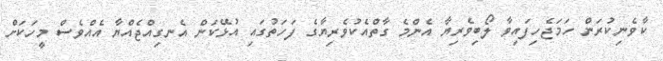
ކާވެނިކުރަން ހަމަޖެހިފައިވާ ލޯބިވެރިޔާ އެންމެ ގާތްއެކުވެރިޔާގެ ފަހަތުގައި އުޅޭކަން އެނގިއްޖެއްޔާ އެއްވެސް މީހަކަށް